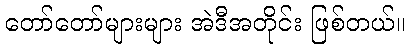
တော်တော်များများ အဲဒီအတိုင်း ဖြစ်တယ်။